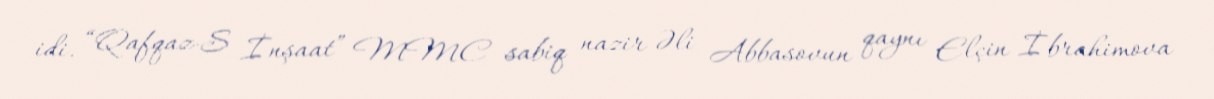
idi. “Qafqaz-S İnşaat” MMC sabiq nazir Əli Abbasovun qaynı Elçin İbrahimova